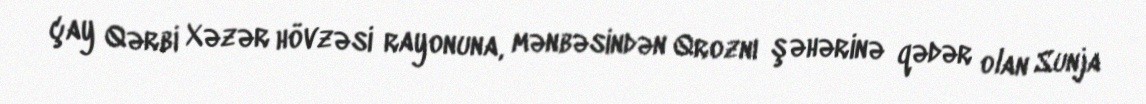
çay Qərbi Xəzər hövzəsi rayonuna, mənbəsindən Qroznı şəhərinə qədər olan Sunja